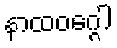
နာထဝဂ္ဂေါ